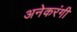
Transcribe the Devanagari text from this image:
अनेकरंगी